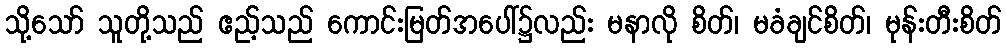
သို့သော် သူတို့သည် ဧည့်သည် ကောင်းမြတ်အပေါ်၌လည်း မနာလို စိတ်၊ မခံချင်စိတ်၊ မုန်းတီးစိတ်